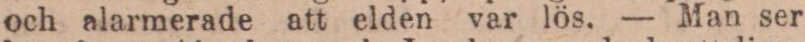
och alarmerade att elden var lös. — Man ser